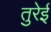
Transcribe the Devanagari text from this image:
तुरेई